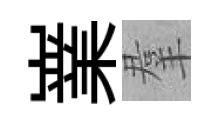
嶪羣